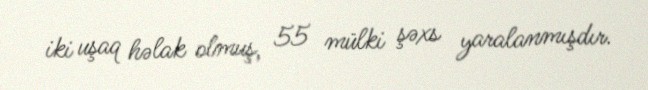
iki uşaq həlak olmuş, 55 mülki şəxs yaralanmışdır.